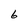
Character: 6